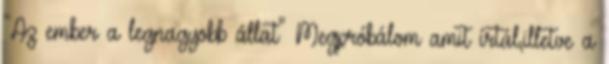
"Az ember a legnagyobb állat" Megpróbálom amit írtál,illetve a